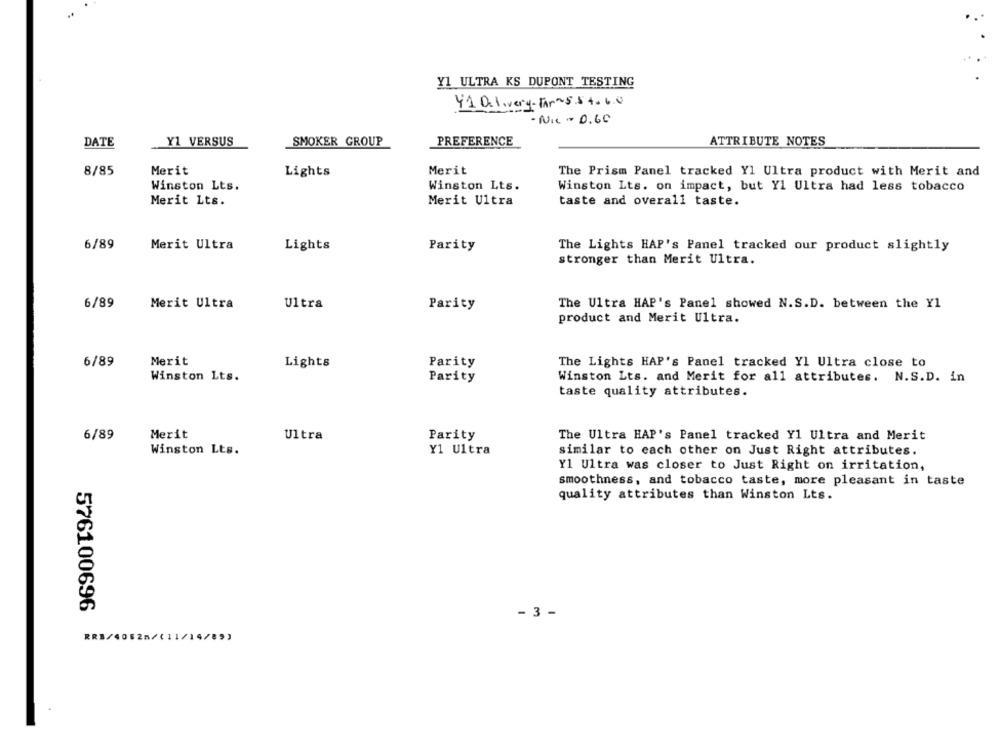
Y1 ULTRA KS DUPONT TESTING
41 D. I .very-Far~554.60
- Nic - D. GE
DATE
Y1 VERSUS
SMOKER GROUP
PREFERENCE
ATTRIBUTE NOTES
8/85
Merit
Lights
Merit
The Prism Panel tracked Yl Ultra product with Merit and
Winston Lts.
Winston Lts.
Winston Lts. on impact, but Yl Ultra had less tobacco
Merit Lts.
Merit Ultra
taste and overall taste.
6/89
Merit Ultra
Lights
Parity
The Lights HAP's Panel tracked our product slightly
stronger than Merit Ultra.
6/89
Merit Ultra
Ultra
Parity
The Ultra HAP's Panel showed N.S.D. between the Y1
product and Merit Ultra.
Merit
6/89
Lights
Parity
The Lights HAP's Panel tracked Yl Ultra close to
Winston Lts.
Parity
Winston Lts. and Merit for all attributes. N.S.D. in
taste quality attributes.
6/89
Merit
Parity
Ultra
The Ultra HAP's Panel tracked Y1 Ultra and Merit
Winston Lts.
Y1 Ultra
similar to each other on Just Right attributes.
Y1 Ultra was closer to Just Right on irritation,
smoothness, and tobacco taste, more pleasant in taste
quality attributes than Winston Lts.
576100696
- 3 -
RR3/4052m/(11/14/89)